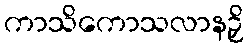
ကာသိကောသလာနဉှိ